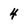
Character: 4